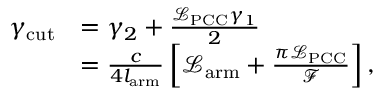
\begin{array} { r l } { \gamma _ { \mathrm { c u t } } } & { = \gamma _ { 2 } + \frac { \mathcal { L } _ { \mathrm { P C C } } \gamma _ { 1 } } { 2 } } \\ & { = \frac { c } { 4 l _ { \mathrm { a r m } } } \left[ \mathcal { L } _ { \mathrm { a r m } } + \frac { \pi \mathcal { L } _ { \mathrm { P C C } } } { \mathcal { F } } \right] , } \end{array}